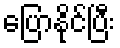
ပြောနိုင်ပြီး